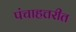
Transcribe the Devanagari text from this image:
पंचाहत्तरीत